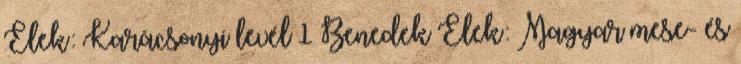
Elek: Karácsonyi levél 1 Benedek Elek: Magyar mese- és